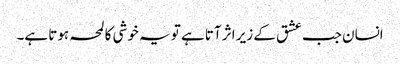
انسان جب عشق کے زیر اثر آتا ہے تو یہ خوشی کا لمحہ ہوتا ہے۔